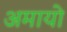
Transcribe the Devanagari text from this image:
अमायो